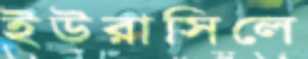
ইউরাসিলে